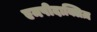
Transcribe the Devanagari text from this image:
एमपीदाक्लिज़